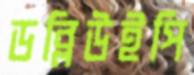
ডব্লিউইপি